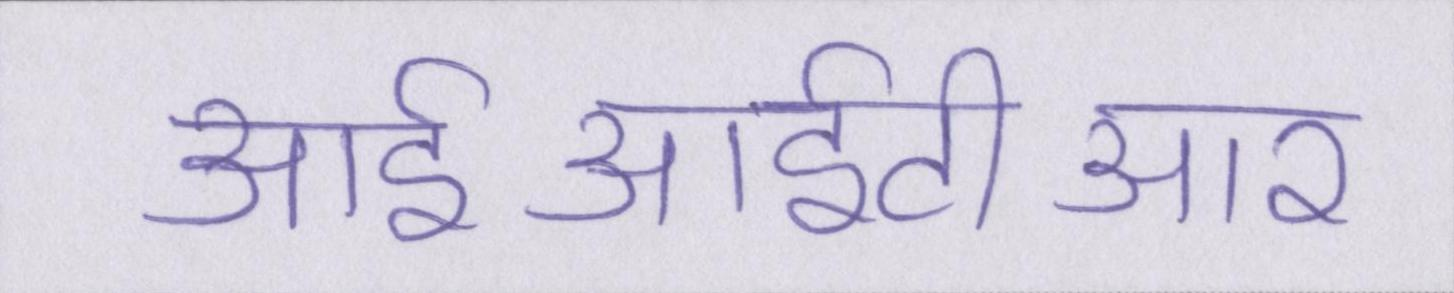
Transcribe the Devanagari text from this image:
आईआईटीआर